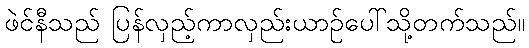
ဖဲင်နီသည် ပြန်လှည့်ကာလှည်းယာဉ်ပေါ်သို့တက်သည်။